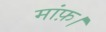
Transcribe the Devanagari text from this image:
मांफ़।